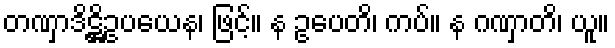
တဏှာဒိဋ္ဌိဥပယေန၊ ဖြင့်။ န ဥပေတိ၊ ကပ်။ န ဂဏှာတိ၊ ယူ။